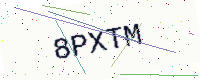
Text: 8PXTM